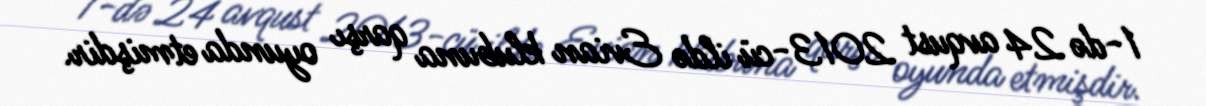
1-də 24 avqust 2013-cü ildə Evian klubuna qarşı oyunda etmişdir.